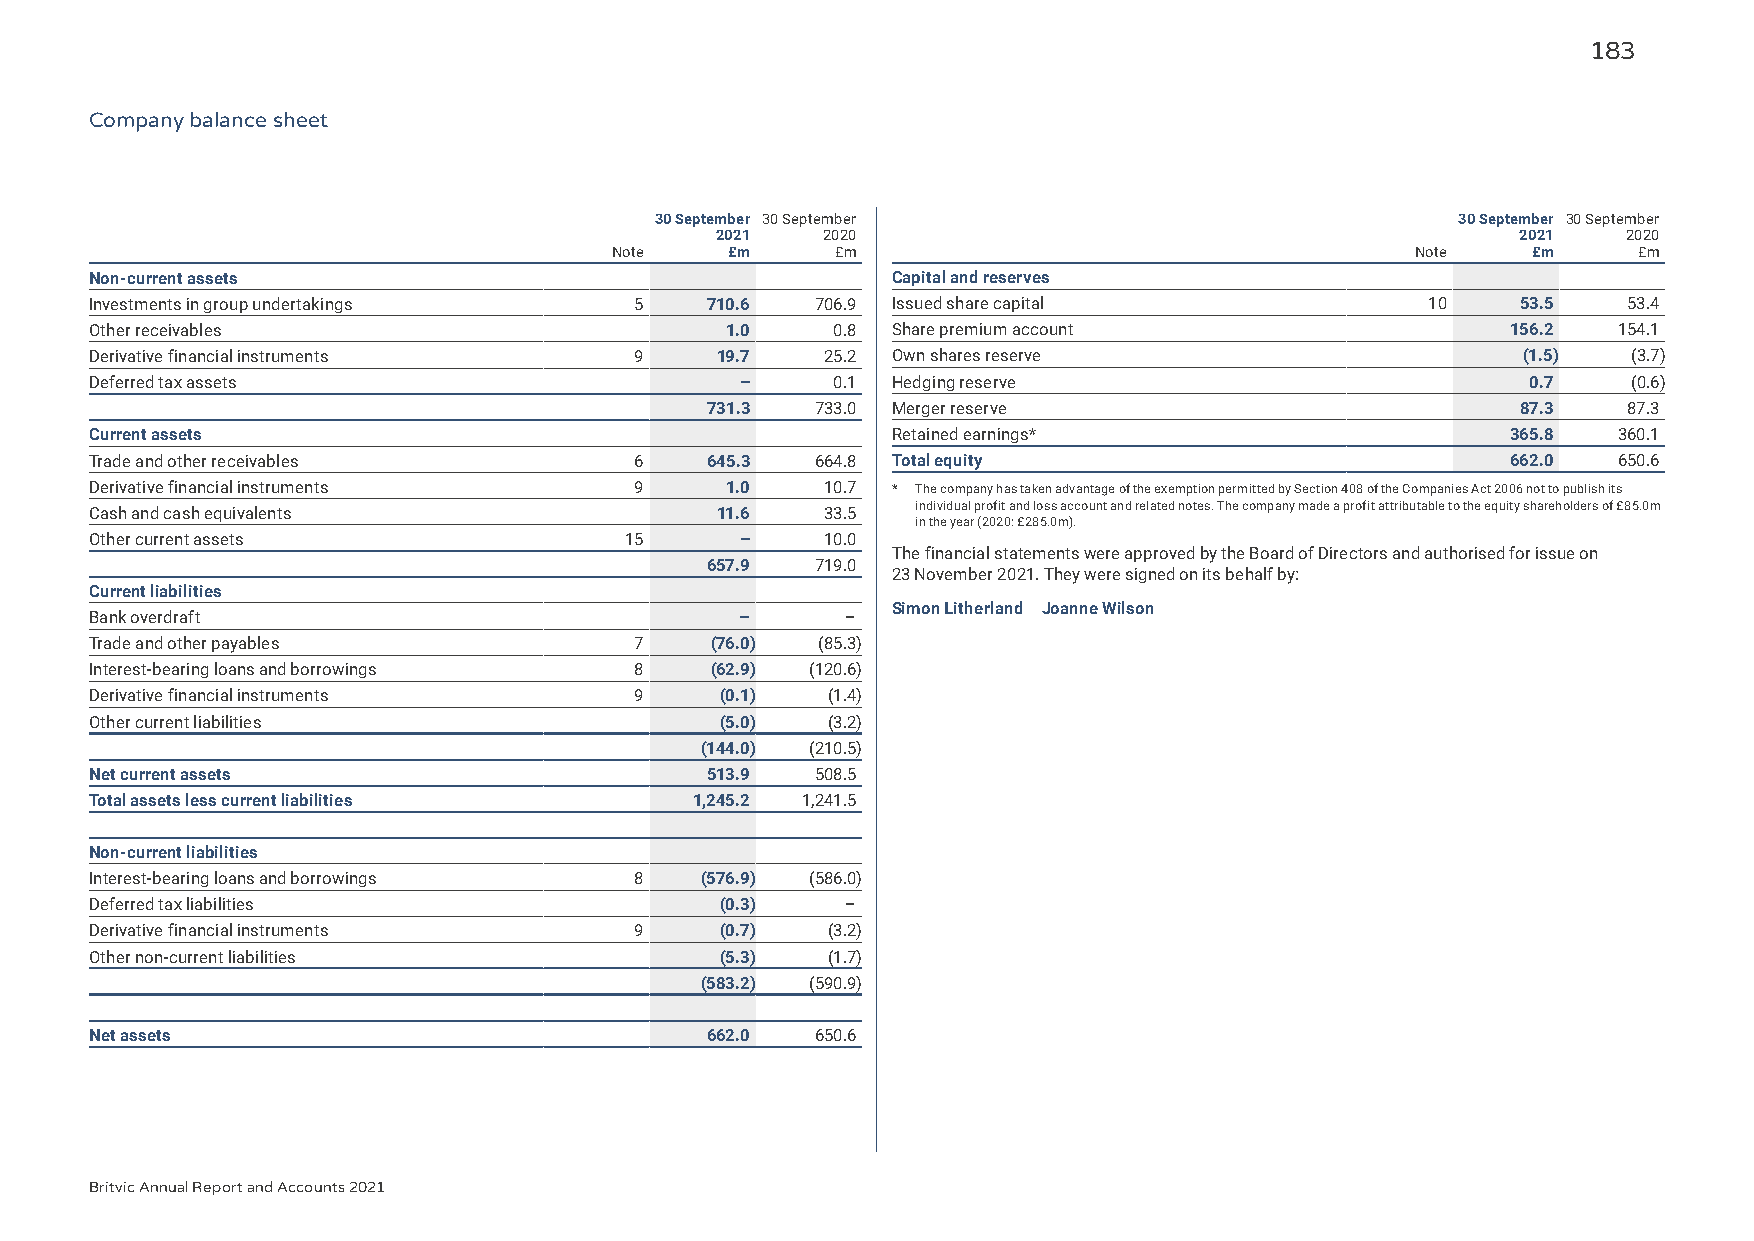
183
 Company balance sheet
 30 September 30 September                             30 September 30 September
 2021   2020                                           2021   2020
 Note   £m     £m                                     Note   £m     £m
 Non-current assets                                   Capital and reserves
 Investments in group undertakings   5    710.6  706.9 Issued share capital               10    53.5   53.4
 Other receivables                         1.0    0.8 Share premium account                    156.2  154.1
 Derivative financial instruments    9    19.7    25.2 Own shares reserve                       (1.5)  (3.7)
 Deferred tax assets                        –     0.1 Hedging reserve                           0.7    (0.6)
 731.3  733.0 Merger reserve                           87.3   87.3
 Current assets                                       Retained earnings*                       365.8  360.1
 Trade and other receivables         6    645.3  664.8 Total equity                            662.0  650.6
 Derivative financial instruments    9     1.0    10.7 * The company has taken advantage of the exemption permitted by Section 408 of the Companies Act 2006 not to publish its
 Cash and cash equivalents                11.6    33.5  individual profit and loss account and related notes. The company made a profit attributable to the equity shareholders of £85.0m
 in the year (2020: £285.0m).
 Other current assets               15      –     10.0
 The financial statements were approved by the Board of Directors and authorised for issue on
 657.9  719.0
 23 November 2021. They were signed on its behalf by:
 Current liabilities
 Simon Litherland Joanne Wilson
 Bank overdraft                             –      –
 Trade and other payables            7    (76.0) (85.3)
 Interest-bearing loans and borrowings 8  (62.9) (120.6)
 Derivative financial instruments    9     (0.1)  (1.4)
 Other current liabilities                 (5.0)  (3.2)
 (144.0) (210.5)
 Net current assets                       513.9  508.5
 Total assets less current liabilities   1,245.2 1,241.5
 Non-current liabilities
 Interest-bearing loans and borrowings 8 (576.9) (586.0)
 Deferred tax liabilities                  (0.3)   –
 Derivative financial instruments    9     (0.7)  (3.2)
 Other non-current liabilities             (5.3)  (1.7)
 (583.2) (590.9)
 Net assets                               662.0  650.6
 Britvic Annual Report and Accounts 2021